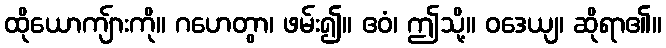
ထိုယောကျ်ားကို။ ဂဟေတွာ၊ ဖမ်း၍။ ဧဝံ၊ ဤသို့။ ဝဒေယျ၊ ဆိုရာ၏။